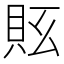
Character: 𧵇